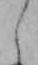
し